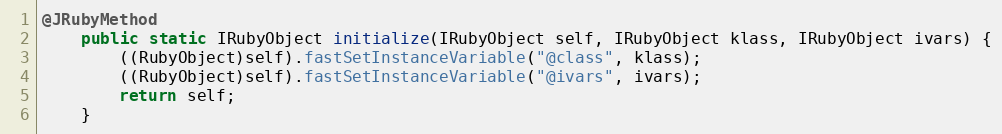
Language: Java
@JRubyMethod
    public static IRubyObject initialize(IRubyObject self, IRubyObject klass, IRubyObject ivars) {
        ((RubyObject)self).fastSetInstanceVariable("@class", klass);
        ((RubyObject)self).fastSetInstanceVariable("@ivars", ivars);
        return self;
    }